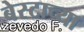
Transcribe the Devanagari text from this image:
बेस्टाच्या